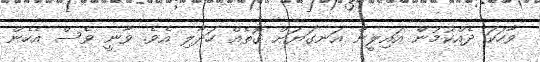
ވާހަކަ ދެއްކުމުން އައިލީން އަނގަޔަށް ގޮތެއް ހަދާލި އެވެ. ވާނީ ވެސް އެހެން